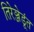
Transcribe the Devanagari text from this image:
तिरेञ्जेडूंत